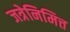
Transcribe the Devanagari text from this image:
जत्रेनिमित्त